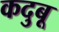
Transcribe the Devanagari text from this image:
कदुबू